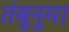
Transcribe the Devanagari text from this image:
तंबूनुमा